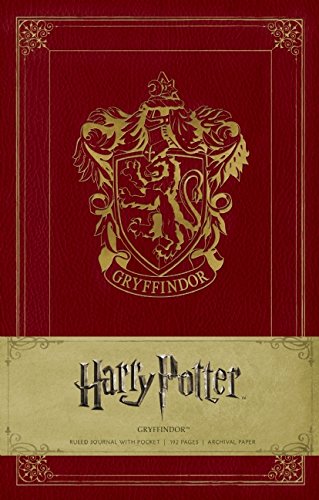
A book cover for Harry Potter Gryffindor Hardcover Ruled Journal; Arts & Photography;